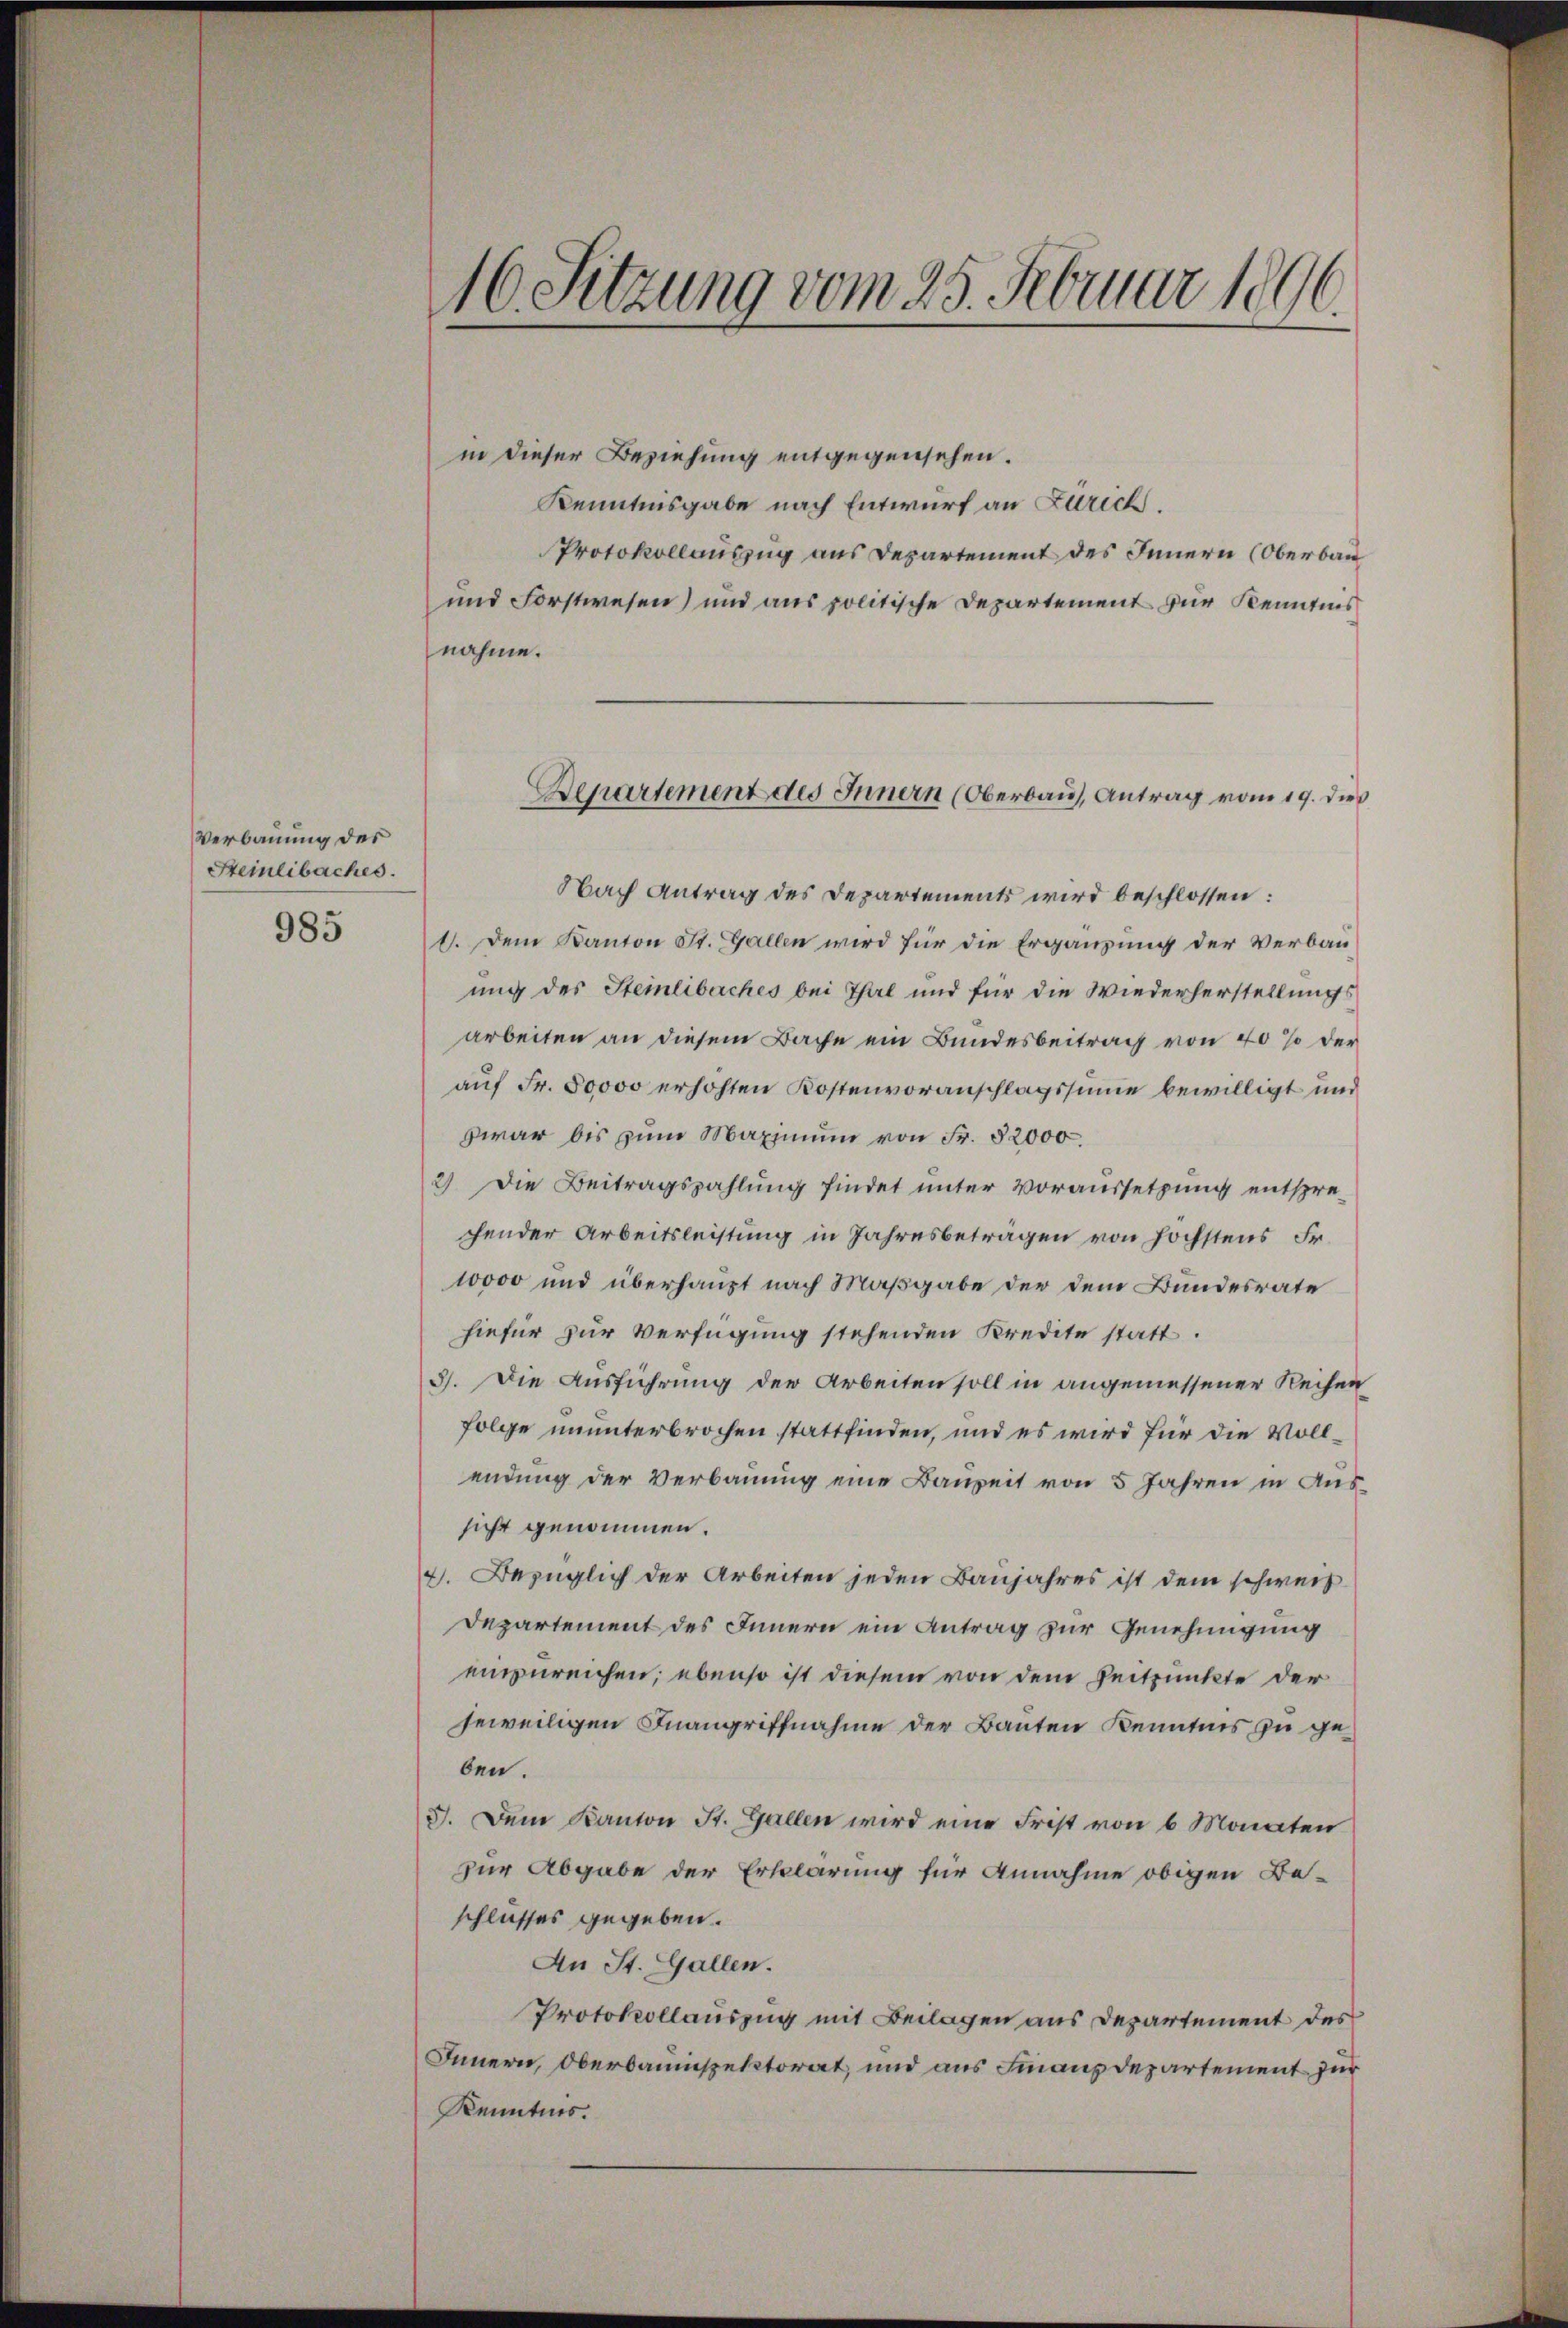
Verbauung des
Steinlibaches.

985

16. Sitzung vom 25. Februar 1896.

in dieser Beziehung entgegensehen.
Kenntnisgabe nach Entwurf an Zürich.
Protokollauszug aus Departement des Innern (Oberbau
und Forstwesen) und aus politische Departement zur Kenntnis
nahme.
Nach Antrag des Departements wird beschlossen:
1. Dem Kanton St. Gallen wird für die Ergänzung der Verbauung des Steinlibaches bei Thal und für die Wiederherstellungsarbeiten an diesem Bache ein Bundesbeitrag von 40% der
auf Fr. 50000 erhöhten Kostenvoranschlagssine bewilligt und
zwar bis zum Maximum von Fr. 52000
2) Die Beitragszahlung findet unter Voraussetzung entsprechender Arbeitsleistung in Jahresbeträgen von höchstens Fr.
10000 und überhaupt nach Maßgabe der dem Bundesrate
hiefür zur Verfügung stehenden Kredite statt.
3). Die Ausführung der Arbeiten soll in angemessener Reihen
folge ununterbrochen stattfinden, und es wird für die Vollendung der Verbauung eine Bauzeit von 5 Jahren in Aussicht genommen.
4. Bezüglich der Arbeiten jeden Banjahres ist dem schweiz
Departement des Innern ein Antrag zur Genehmigung
einzureichen; ebenso ist diesem von dem Zeitpunkte der
jeweiligen Inangriffnahme der Bauten Kenntnis zu geben.
3. Dem Kanton St. Gallen wird eine Frist von 6 Monaten
zur Abgabe der Erklärung für Annahme obigen Beschlusses gegeben.
An St. Gallen.
Protokollauszug mit Beilagen aus Departement des
Innern, Oberbauinspektorat, und aus Finanzdepartement zur
Kenntnis.

Departement des Innern (Oberbaus, Antrag vom 19. dies
—